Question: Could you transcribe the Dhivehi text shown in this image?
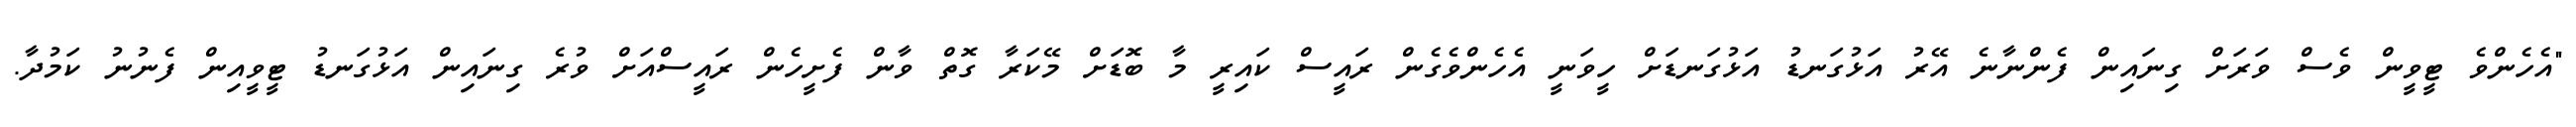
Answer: "އެހެންވެ ޓީވީން ވެސް ވަރަށް ގިނައިން ފެންނާނެ އޭރު އަޅުގަނޑު އަޅުގަނޑަށް ހީވަނީ އެހެންވެގެން ރައީސް ކައިރީ މާ ބޮޑަށް މޭކަރާ ގޮތް ވާން ފެށީހެން ރައީސްއަށް ވުރެ ގިނައިން އަޅުގަނޑު ޓީވީއިން ފެނުނު ކަމުދާ.